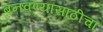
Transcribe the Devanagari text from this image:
बनवण्यासाठीचा